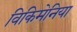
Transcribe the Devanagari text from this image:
विकिमेनिया